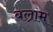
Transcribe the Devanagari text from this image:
बल्राम